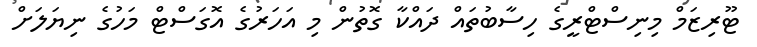
ޓޫރިޒަމް މިނިސްޓްރީގެ ހިސާބުތައް ދައްކާ ގޮތުން މި އަހަރުގެ އޮގަސްޓް މަހުގެ ނިޔަލަށް